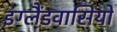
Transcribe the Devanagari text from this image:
इंग्लैंडवासियों